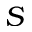
S